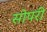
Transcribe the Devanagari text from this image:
सोपरी